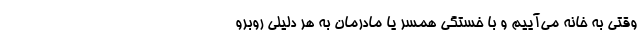
وقتی به خانه می‌آییم و با خستگی همسر یا مادرمان به هر دلیلی روبرو